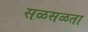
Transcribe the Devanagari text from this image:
सळसळता